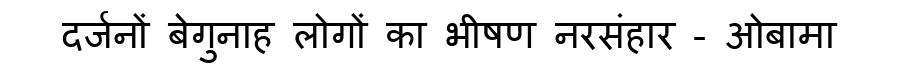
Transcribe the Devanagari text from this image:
दर्जनों बेगुनाह लोगों का भीषण नरसंहार - ओबामा